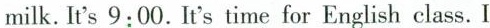
milk. It's 9:00. It's time for English class. I